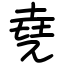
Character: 堯